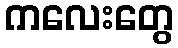
ကလေးတွေ